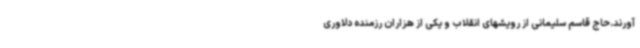
آورند.حاج قاسم سلیمانی از رویشهای انقلاب و یکی از هزاران رزمنده دلاوری